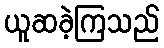
ယူဆခဲ့ကြသည်